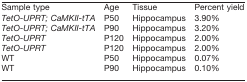
<table><thead><tr><td><b>Sample type</b></td><td><b>Age</b></td><td><b>Tissue</b></td><td><b>Percent yield</b></td></tr></thead><tbody><tr><td><i>TetO-UPRT; CaMKII-tTA</i></td><td>P50</td><td>Hippocampus</td><td>3.90%</td></tr><tr><td><i>TetO-UPRT; CaMKII-tTA</i></td><td>P90</td><td>Hippocampus</td><td>3.20%</td></tr><tr><td><i>TetO-UPRT</i></td><td>P120</td><td>Hippocampus</td><td>2.00%</td></tr><tr><td><i>TetO-UPRT</i></td><td>P120</td><td>Hippocampus</td><td>2.00%</td></tr><tr><td>WT</td><td>P50</td><td>Hippocampus</td><td>0.07%</td></tr><tr><td>WT</td><td>P90</td><td>Hippocampus</td><td>0.10%</td></tr></tbody></table>